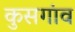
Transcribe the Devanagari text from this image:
कुसगांव